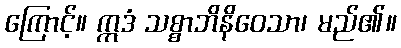
ကြောင့်။ ဣဒံ သစ္စာဘိနိဝေသာ၊ မည်၏။